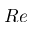
R e